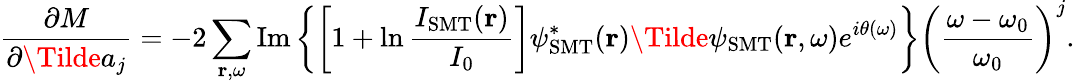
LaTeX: \frac{\partial M}{\partial\Tilde{a}_{j}}=-2\sum_{\textbf{r},\omega}\mathrm{Im}\left\{ \left[1+\ln\frac{I_{\mathrm{SMT}}(\textbf{r})}{I_{0}}\right]\psi_{\mathrm{SMT}}^{*}(\textbf{r})\Tilde{\psi}_{\mathrm{SMT}}(\textbf{r},\omega)e^{i\theta(\omega)}\right\} \left(\frac{\omega-\omega_{0}}{\omega_{0}}\right)^{j}.